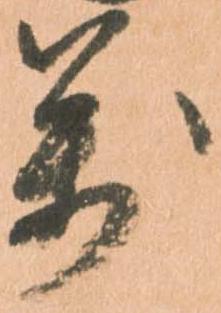
万